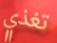
تغذي